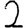
Digit: 2